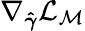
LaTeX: \nabla_{\boldsymbol{\hat{\gamma}}}\mathcal{L}_{\mathcal{M}}